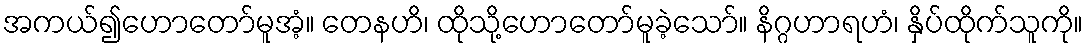
အကယ်၍ဟောတော်မူအံ့။ တေနဟိ၊ ထိုသို့ဟောတော်မူခဲ့သော်။ နိဂ္ဂဟာရဟံ၊ နှိပ်ထိုက်သူကို။